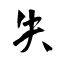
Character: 失